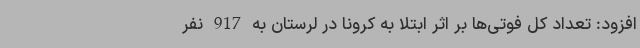
افزود: تعداد کل فوتی‌ها بر اثر ابتلا به کرونا در لرستان به 917 نفر